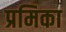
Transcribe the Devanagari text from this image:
प्रमिका